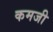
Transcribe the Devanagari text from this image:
कमजी